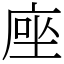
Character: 𫝶